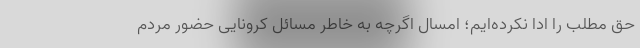
حق مطلب را ادا نکرده‌ایم؛ امسال اگرچه به خاطر مسائل کرونایی حضور مردم